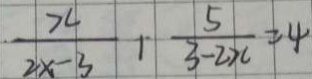
\frac { 5 } { 2 x - 3 } + \frac { 5 } { 3 - 2 x } = 4